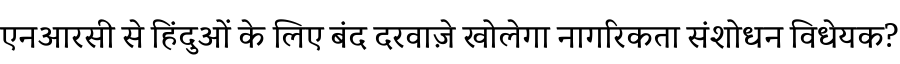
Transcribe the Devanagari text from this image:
एनआरसी से हिंदुओं के लिए बंद दरवाज़े खोलेगा नागरिकता संशोधन विधेयक?